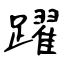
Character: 躍